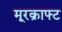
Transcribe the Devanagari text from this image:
मूरक्राफ्ट